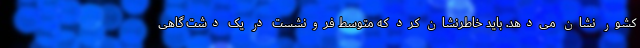
کشور نشان می‌دهد. باید خاطرنشان کرد که متوسط فرونشست در یک دشت گاهی